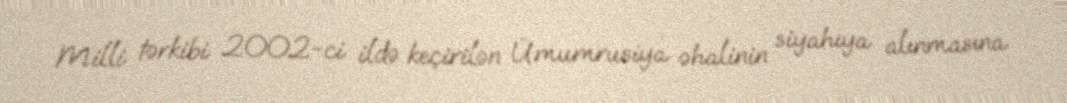
Milli tərkibi 2002-ci ildə keçirilən Ümumrusiya əhalinin siyahıya alınmasına